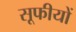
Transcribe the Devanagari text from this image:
सूफीयों